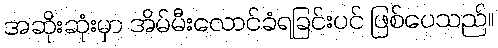
အဆိုးဆုံးမှာ အိမ်မီးလောင်ခံရခြင်းပင် ဖြစ်ပေသည်။